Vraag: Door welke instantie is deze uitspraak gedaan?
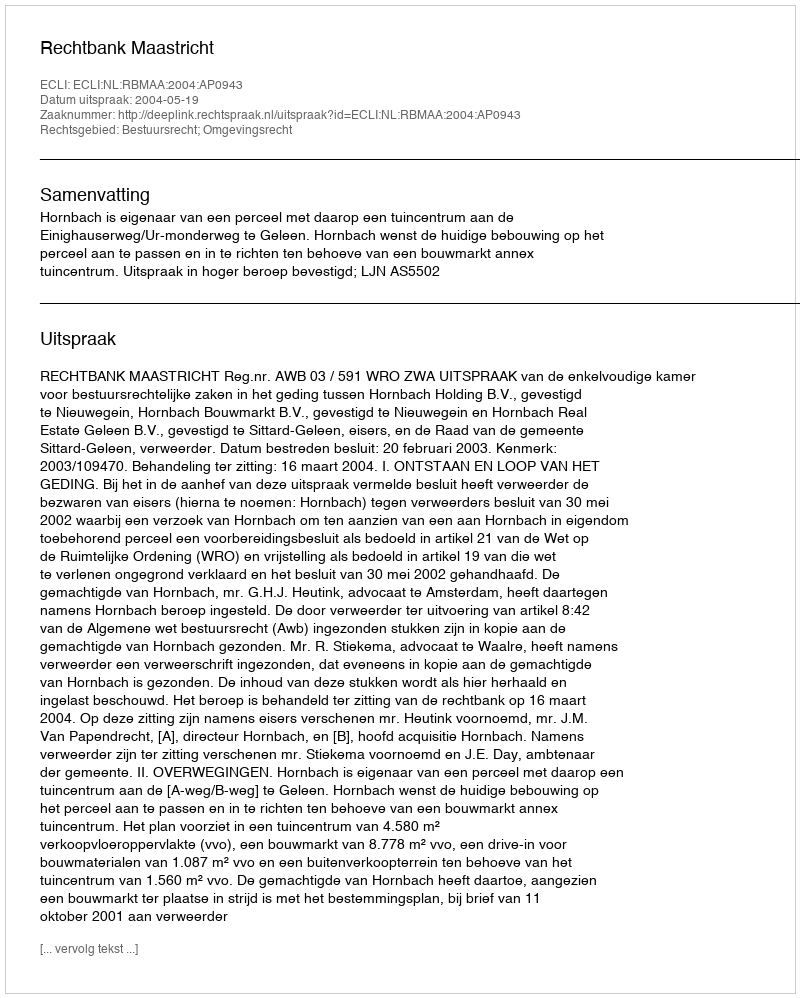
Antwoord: Rechtbank Maastricht